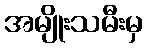
အမျိုးသမီးမှ